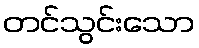
တင်သွင်းသော